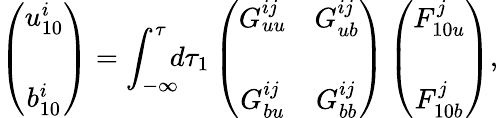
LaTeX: \left({\begin{array}{c}{u_{10}^{i}}\\ {b_{10}^{i}\rule{0ex}{5ex}}\end{array}}\right)=\int_{-\infty}^{\tau}\! \! \! d\tau_{1}\left({\begin{array}{cc}{G_{uu}^{ij}}&{G_{ub}^{ij}}\\ {G_{bu}^{ij}}&{G_{bb}^{ij}\rule{0ex}{5ex}}\end{array}}\right)\left({\begin{array}{c}{F_{10u}^{j}}\\ {F_{10b}^{j}\rule{0ex}{5ex}}\end{array}}\right),